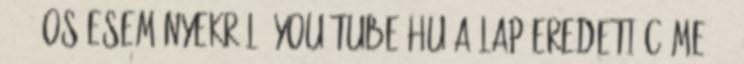
1956-os eseményekről, You Tube.hu A lap eredeti címe: „